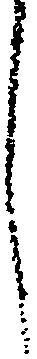
し